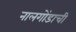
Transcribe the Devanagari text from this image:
नालगोंडाची